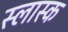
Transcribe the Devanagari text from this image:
स्लास्क